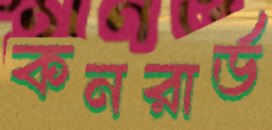
কনরার্ড